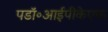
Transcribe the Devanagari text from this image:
पडॉ॰आईपीकेएफ